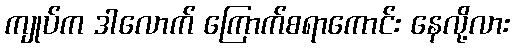
ကျုပ်က ဒါလောက် ကြောက်စရာကောင်း နေလို့လား